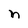
Character: n